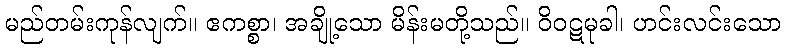
မည်တမ်းကုန်လျက်။ ဧကစ္စာ၊ အချို့သော မိန်းမတို့သည်။ ဝိဝဋမုခါ၊ ဟင်းလင်းသော